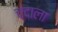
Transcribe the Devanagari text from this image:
चंदाला